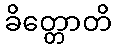
ခိတ္တောတိ